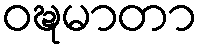
ဝဍ္ဎမာတာ